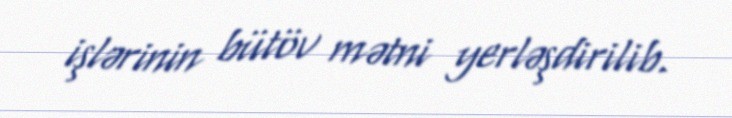
işlərinin bütöv mətni yerləşdirilib.